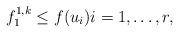
LaTeX: \begin{align*}f_1^{1,k} \leq f(u_i) i = 1, \ldots, r,\end{align*}